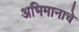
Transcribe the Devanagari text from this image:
अभिमानाचे